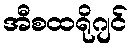
အီစထရိုဂျင်